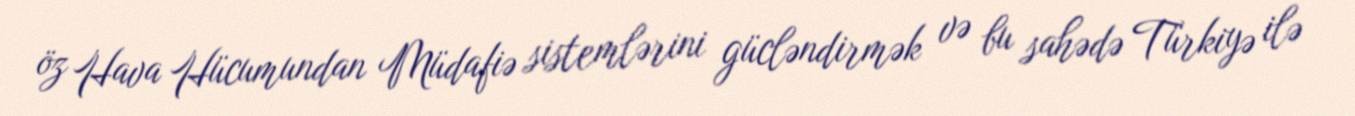
öz Hava Hücumundan Müdafiə sistemlərini gücləndirmək və bu sahədə Türkiyə ilə